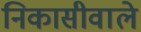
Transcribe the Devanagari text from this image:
निकासीवाले